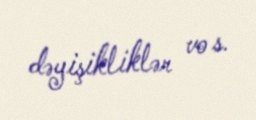
dəyişikliklər vo s.